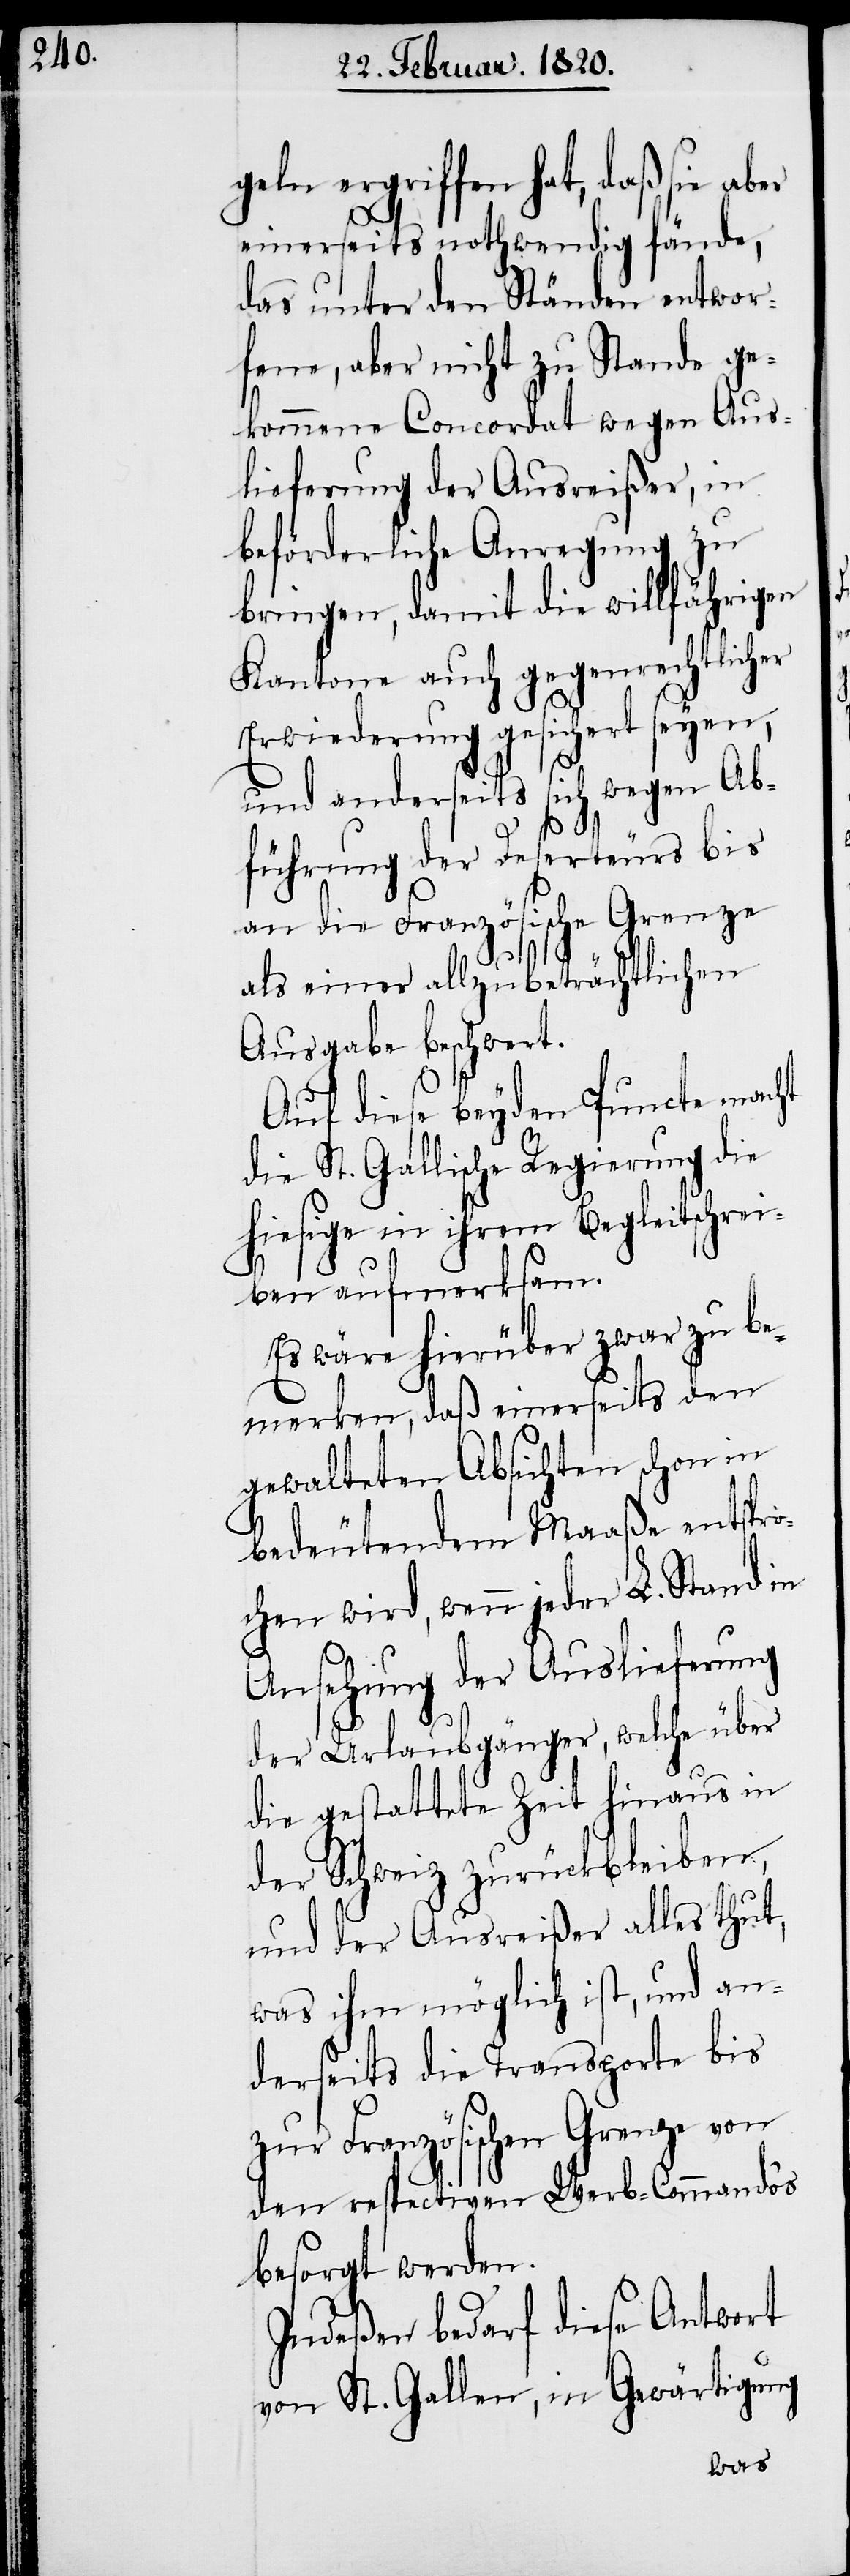
ergriffen hat, daß sie ab¬
einerseits nothwendig fände,
das unter den Ständen entwor¬
fene, aber nicht zu Stande ge¬
kommene Concordat wegen Aus¬
lieferung der Ausreißer, in
beförderliche Anregung zu
bringen, damit die willfährigen
Kantone auch gegenrechtlicher
Erwiederung gesichert seyen,
und anderseits sich wegen Ab¬
führung der Deserteurs bis
an die Französische Grenze
er
als einer allzubeträchtlichen
Ausgabe beschwert.
Auf diese beyden Puncte macht
die St. Gallische Regierung die
hiesige in ihrem Begleitschrei¬
ben aufmerksam.
Es wäre hierüber zwar zu be¬
merken, daß einerseits den
gewalteten Absichten schon in
bedeutendem Maaße entspro¬
chen wird, wenn jeder L. Stand in
Ansehung der Auslieferung
der Urlaubgänger, welche über
die gestattete Zeit hinaus in
der Schweiz zurückbleiben,
und der Ausreißer alles thut,
was ihm möglich ist, und an¬
derseits die Transporte bis
zur Französischen Grenze von
den respectiven Werb-Commando‘s
besorgt werden.
Indeßen bedarf diese Antwort
von St. Gallen, in Gewärtigung